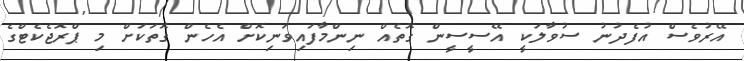
އޭރުވެސް އުފެދުނު ސުވާލަކީ އޭސީސީން ގޮތެއް ނިންމާފައިވަނިކޮށް އެހެން ގޮތަކަށް މި ޕްރޮޖެކެޓްގެ